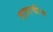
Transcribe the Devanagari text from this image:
तापाचीच